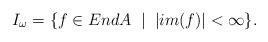
LaTeX: \begin{align*}I_\omega=\{f\in EndA\; \mid \; |im(f)|<\infty \}.\end{align*}